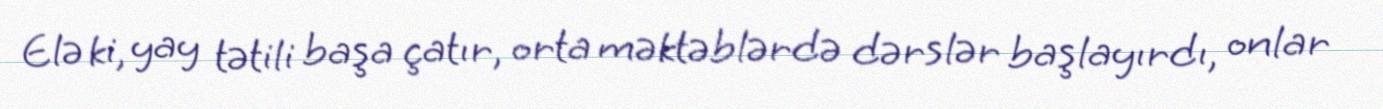
Elə ki, yay tətili başa çatır, orta məktəblərdə dərslər başlayırdı, onlar